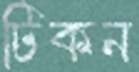
টিকন